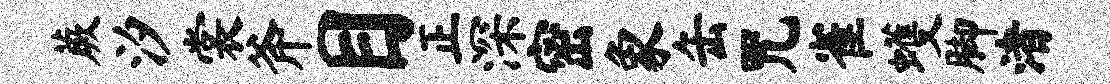
蕨汐裳斧目正深密象缶咒雀蠖脚渚